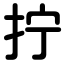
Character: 拧